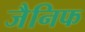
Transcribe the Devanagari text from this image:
जैनिफ